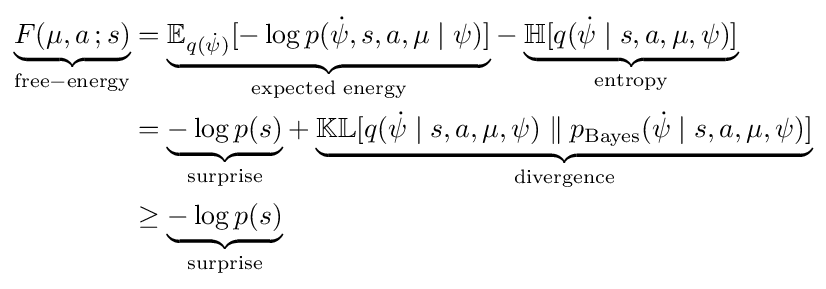
{\begin{aligned}{\underset {\mathrm {free-energy} }{\underbrace {F(\mu ,a\,;s)} }}&={\underset {\text{expected energy}}{\underbrace {\mathbb {E} _{q({\dot {\psi }})}[-\log p({\dot {\psi }},s,a,\mu \mid \psi )]} }}-{\underset {\mathrm {entropy} }{\underbrace {\mathbb {H} [q({\dot {\psi }}\mid s,a,\mu ,\psi )]} }}\\&={\underset {\mathrm {surprise} }{\underbrace {-\log p(s)} }}+{\underset {\mathrm {divergence} }{\underbrace {\mathbb {KL} [q({\dot {\psi }}\mid s,a,\mu ,\psi )\parallel p_{\text{Bayes}}({\dot {\psi }}\mid s,a,\mu ,\psi )]} }}\\&\geq {\underset {\mathrm {surprise} }{\underbrace {-\log p(s)} }}\end{aligned}}